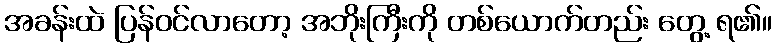
အခန်းထဲ ပြန်ဝင်လာတော့ အဘိုးကြီးကို တစ်ယောက်တည်း တွေ့ ရ၏။